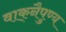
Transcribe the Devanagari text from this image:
वाक्‌नैपुण्य